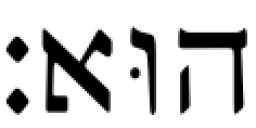
הוּא׃